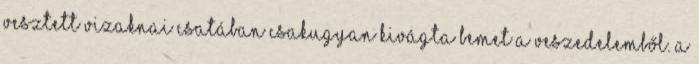
vesztett vizaknai csatában csakugyan kivágta Bemet a veszedelemből. A